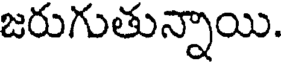
జరుగుతున్నాయి.